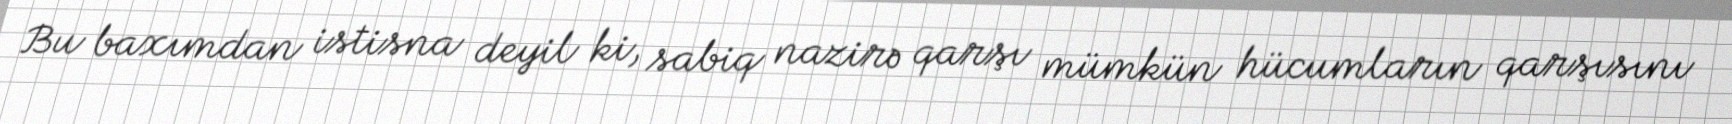
Bu baxımdan istisna deyil ki, sabiq nazirə qarşı mümkün hücumların qarşısını